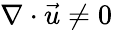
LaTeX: \nabla\cdot\vec{u}\ne 0